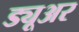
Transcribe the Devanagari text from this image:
ड्यूअर